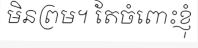
មិនព្រម។ តែចំពោះខ្ញុំ